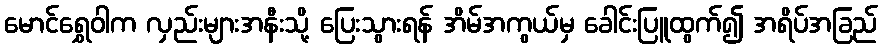
မောင်ရွှေဝါက လှည်းများအနီးသို့ ပြေးသွားရန် အိမ်အကွယ်မှ ခေါင်းပြူထွက်၍ အရိပ်အခြည်